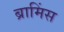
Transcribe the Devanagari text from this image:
ब्रामिंस